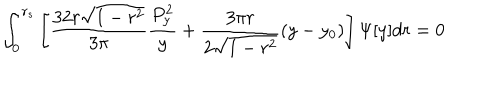
\int _ { 0 } ^ { r _ { s } } \left[ \frac { 3 2 r \sqrt { 1 - r ^ { 2 } } } { 3 \pi } \frac { P _ { y } ^ { 2 } } { y } + \frac { 3 \pi r } { 2 \sqrt { 1 - r ^ { 2 } } } ( y - y _ { 0 } ) \right] \Psi [ y ] d r = 0